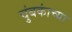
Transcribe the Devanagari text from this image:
चुंबकांच्या